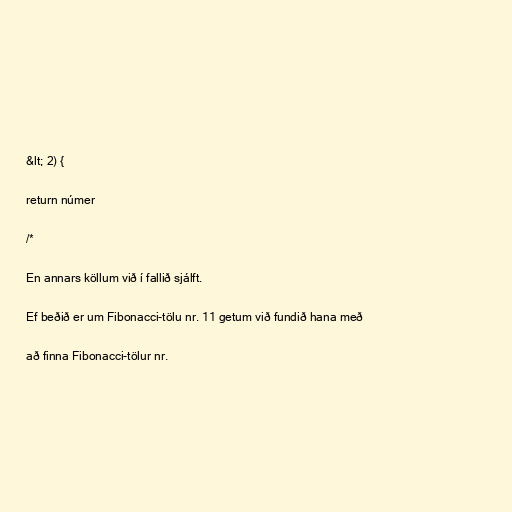
&lt; 2) {

return númer

/*

En annars köllum við í fallið sjálft.

Ef beðið er um Fibonacci-tölu nr. 11 getum við fundið hana með

að finna Fibonacci-tölur nr.